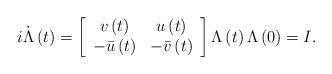
LaTeX: \begin{align*}i\dot{\Lambda}\left( t\right) =\left[\begin{array}[c]{cc}v\left( t\right) & u\left( t\right) \\-\bar{u}\left( t\right) & -\bar{v}\left( t\right)\end{array}\right] \Lambda\left( t\right) \Lambda\left( 0\right) =I.\end{align*}